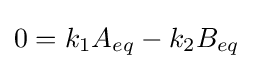
{\textstyle 0=k_{1}A_{eq}-{k_{2}B_{eq}}}